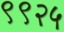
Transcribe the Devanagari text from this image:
९९२५